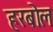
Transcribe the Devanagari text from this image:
हरबोल